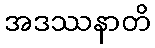
အဒဿနာတိ